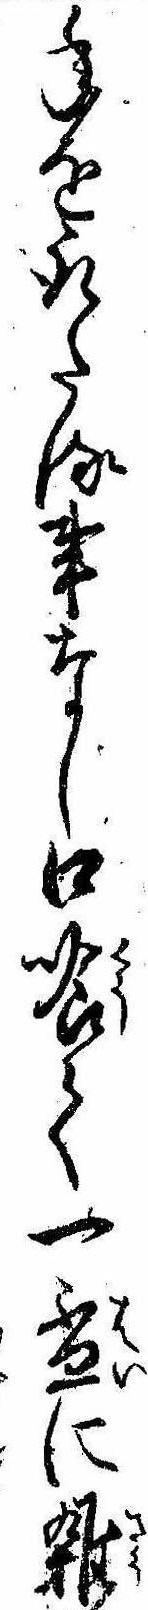
年を取たる事なし口喰て一杯に雑